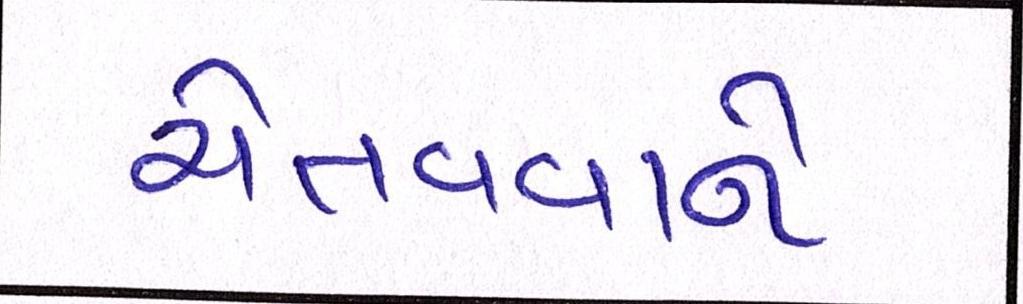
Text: ચેતવવાને